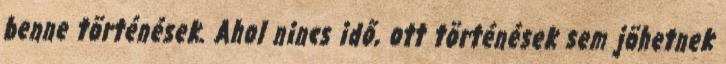
benne történések. Ahol nincs idő, ott történések sem jöhetnek